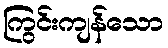
ကြွင်းကျန်သော